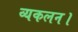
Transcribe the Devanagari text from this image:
व्यकलन।